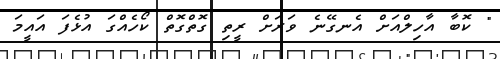
" ކޮބާ އާހިލްއަށް އެނގޭނެ ވަރަށް ރީތި ގޮތްގޮތް ކޯހެއްގަ އުޅެފަ އައީމަ